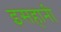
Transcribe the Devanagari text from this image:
इसहानी